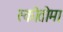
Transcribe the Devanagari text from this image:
स्कोतोमा